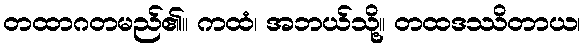
တထာဂတမည်၏။ ကထံ၊ အဘယ်သို့။ တထဒဿိတာယ၊